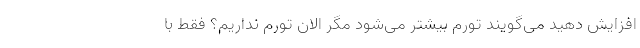
افزایش دهید می‌گویند تورم بیشتر می‌شود مگر الان تورم نداریم؟ فقط با